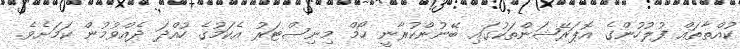
ކުއްތާތައް ފުލުހުންގެ އޮޕަރޭޝަންތަކުގައި ބޭނުންކުރާނީ ހޯމް މިނިސްޓަރު އެކަމުގެ ހުއްދަ ދެއްވުމުން ކަމަށެވެ.